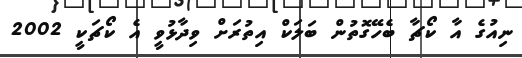
ނިއުގެ އާ ކޯޗާ ބެހޭގޮތުން ބަލަކް އިތުރަށް ވިދާޅުވީ އެ ކޯޗަކީ 2002